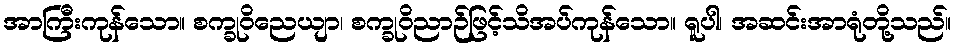
အာကြီးကုန်သော။ စက္ခုဝိညေယျာ၊ စက္ခုဝိညာဉ်ဖြင့်သိအပ်ကုန်သော။ ရူပါ၊ အဆင်းအာရုံတို့သည်။